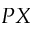
P X